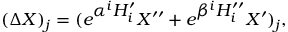
( \Delta X ) _ { j } = ( e ^ { \textstyle \alpha ^ { i } H _ { i } ^ { \prime } } X ^ { \prime \prime } + e ^ { \textstyle \beta ^ { i } H _ { i } ^ { \prime \prime } } X ^ { \prime } ) _ { j } ,